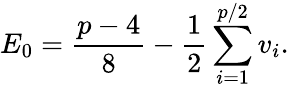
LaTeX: E_{0}=\frac{p-4}{8}-\frac{1}{2}\sum_{i=1}^{p/2}v_{i}.